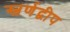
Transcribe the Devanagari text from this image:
स्वर्णद्वीप